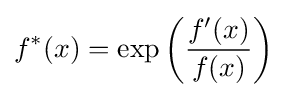
f^{*}(x)=\exp \left({\frac {f'(x)}{f(x)}}\right)